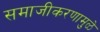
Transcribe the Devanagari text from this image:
समाजीकरणामुळे